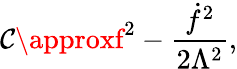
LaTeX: \mathcal{C}\approxf^{2}-\frac{{{\dot{{f}}}^{2}}}{{2\Lambda^{2}}},